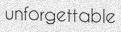
unforgettable